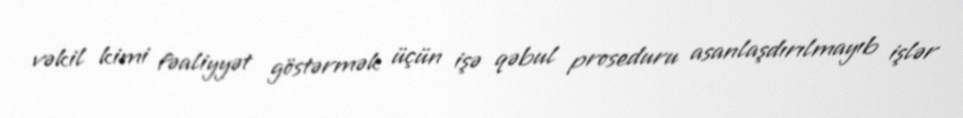
vəkil kimi fəaliyyət göstərmək üçün işə qəbul proseduru asanlaşdırılmayıb işlər